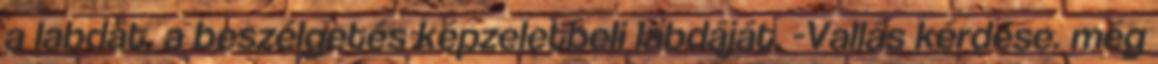
a labdát, a beszélgetés képzeletbeli labdáját. -Vallás kérdése. még